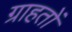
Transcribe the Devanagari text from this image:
ग्राहतों